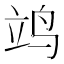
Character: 𫁡